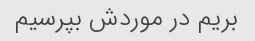
بریم در موردش بپرسیم